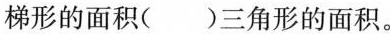
梯形的面积( )三角形的面积。